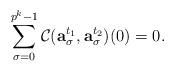
LaTeX: \begin{align*} \sum_{\sigma=0}^{p^k-1} \mathcal{C}(\mathbf{a}_\sigma^{t_1},\mathbf{a}_\sigma^{t_2})(0)=0.\end{align*}